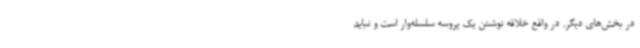
در بخش‌های دیگر. در واقع خلاقه نوشتن یک پروسه‌ سلسله‌وار است و نباید